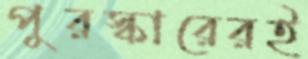
পুরস্কারেরই